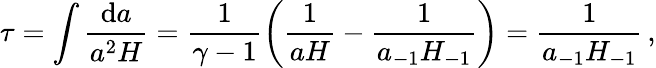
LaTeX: \tau=\int\frac{\mathrm{d}a}{a^{2}H}=\frac{1}{\gamma-1}\left(\frac{1}{aH}-\frac{1}{a_{-1}H_{-1}}\right)=\frac{1}{a_{-1}H_{-1}}\, ,